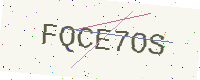
Text: FQCE7OS